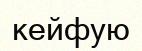
кейфую